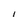
Character: I